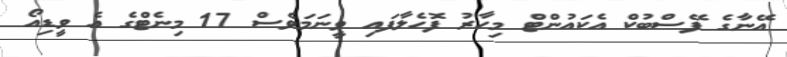
އޭނާގެ ފޭސްބުކް އެކައުންޓް މިހާރު ފޮހެލާފައި ވީނަމަވެސް 17 މިނެޓްގެ އެ ވީޑިއޯ